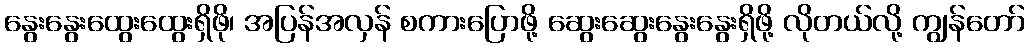
နွေးနွေးထွေးထွေးရှိဖို၊ အပြန်အလှန် စကားပြောဖို့ ဆွေးဆွေးနွေးနွေးရှိဖို့ လိုတယ်လို့ ကျွန်တော်